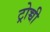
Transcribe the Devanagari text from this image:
ट्रोच्ची